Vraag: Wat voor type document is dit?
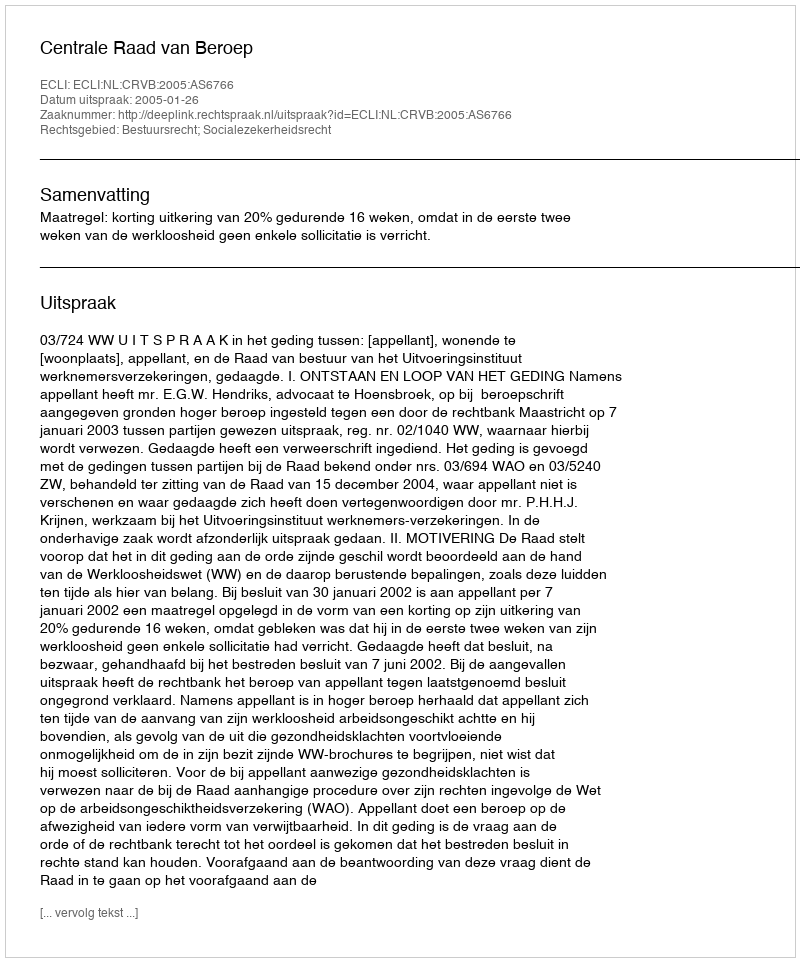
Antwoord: Uitspraak